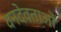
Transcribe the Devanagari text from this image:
वनदेवताओं